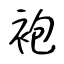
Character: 袍